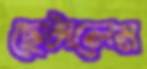
ছেটালেম